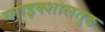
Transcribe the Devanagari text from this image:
ग्लाइक्शालतुङ